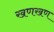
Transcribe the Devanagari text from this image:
खणखण